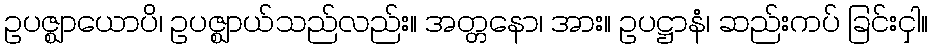
ဥပဇ္ဈာယောပိ၊ ဥပဇ္ဈာယ်သည်လည်း။ အတ္တနော၊ အား။ ဥပဋ္ဌာနံ၊ ဆည်းကပ် ခြင်းငှါ။